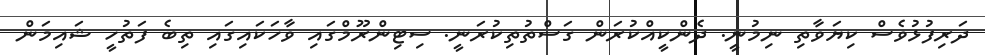
ދަރިފުޅުވެސް ކިޔަވާތި ނިމުނީ. ދެންކީއްކުރަން ގަސްތުތިކުރަނީ. ސިޓިންރޫމްގައި ވާހަކައިގައި ތިބެ ފަތުހީ ޝައިމަން